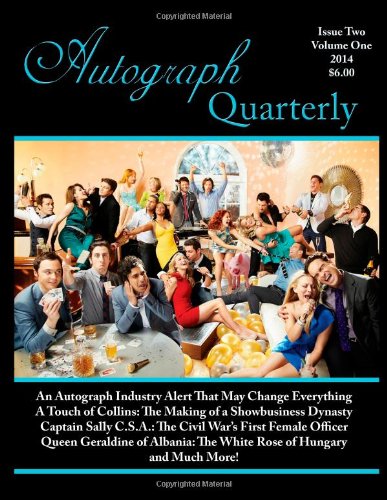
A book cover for Autograph Quarterly Magazine Issue Two 2014; Autograph Quarterly; Crafts, Hobbies & Home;